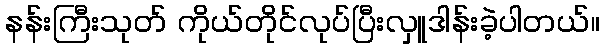
နန်းကြီးသုတ် ကိုယ်တိုင်လုပ်ပြီးလှူဒါန်းခဲ့ပါတယ်။